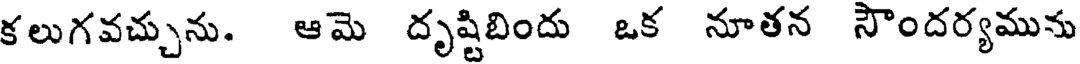
కలుగవచ్చును. ఆమె దృష్టిబిందు ఒక నూతన సౌందర్యమును